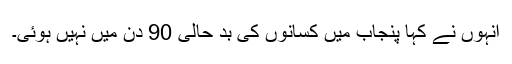
انہوں نے کہا پنجاب میں کسانوں کی بد حالی 90 دن میں نہیں ہوئی۔